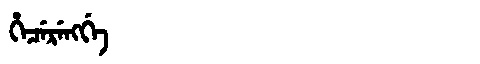
Manchu: ᡥᡝᠴᡝᡵᡝᠩᡤᡝ
Romanization: HECERENGGE